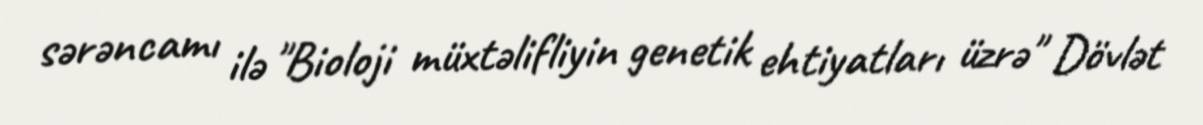
sərəncamı ilə "Bioloji müxtəlifliyin genetik ehtiyatları üzrə" Dövlət